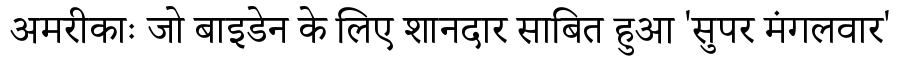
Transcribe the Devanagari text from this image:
अमरीकाः जो बाइडेन के लिए शानदार साबित हुआ 'सुपर मंगलवार'